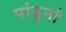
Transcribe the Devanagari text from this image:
पांढूर्ना